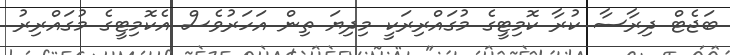
ބަޖެޓް ދިރާސާ ކުރާ ކޮމިޓީގެ މުގައްރިރަކީ މިދިޔަ ތިން އަހަރުވެސް އެކޮމިޓީގެ މުގައްރިރު